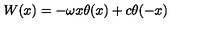
W ( x ) = - \omega x \theta ( x ) + c \theta ( - x )